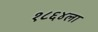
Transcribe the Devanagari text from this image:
१८६४ला